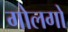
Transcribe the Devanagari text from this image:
गोलगो